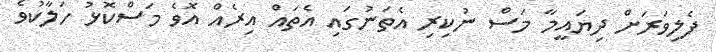
ފެލިވަރަށް ދިޔައީމާ މަަސް ނުކިރި އެތަނުގައި އެތައް އިރެއް އޮވެ މަސްކޮޅު ހަލާކުވެ